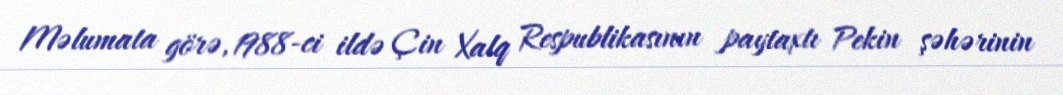
Məlumata görə, 1988-ci ildə Çin Xalq Respublikasının paytaxtı Pekin şəhərinin